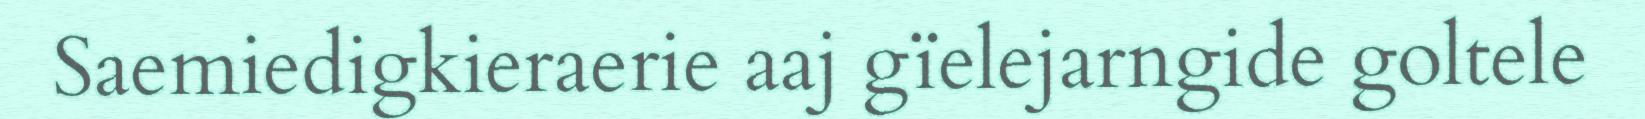
Saemiedigkieraerie aaj gïelejarngide goltele